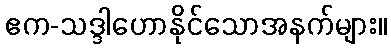
ဧက-သဒ္ဒါဟောနိုင်သောအနက်များ။